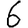
Digit: 6